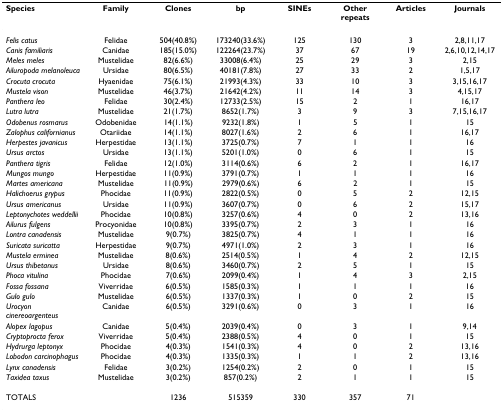
<table><thead><tr><td><b>Species</b></td><td><b>Family</b></td><td><b>Clones</b></td><td><b>bp</b></td><td><b>SINEs</b></td><td><b>Other repeats</b></td><td><b>Articles</b></td><td><b>Journals</b></td></tr></thead><tbody><tr><td><i>Felis catus</i></td><td>Felidae</td><td>504(40.8%)</td><td>173240(33.6%)</td><td>125</td><td>130</td><td>3</td><td>2,8,11,17</td></tr><tr><td><i>Canis familiaris</i></td><td>Canidae</td><td>185(15.0%)</td><td>122264(23.7%)</td><td>37</td><td>67</td><td>19</td><td>2,6,10,12,14,17</td></tr><tr><td><i>Meles meles</i></td><td>Mustelidae</td><td>82(6.6%)</td><td>33008(6.4%)</td><td>25</td><td>29</td><td>3</td><td>2,15</td></tr><tr><td><i>Ailuropoda melanoleuca</i></td><td>Ursidae</td><td>80(6.5%)</td><td>40181(7.8%)</td><td>27</td><td>33</td><td>2</td><td>1,5,17</td></tr><tr><td><i>Crocuta crocuta</i></td><td>Hyaenidae</td><td>75(6.1%)</td><td>21993(4.3%)</td><td>33</td><td>10</td><td>3</td><td>3,15,16,17</td></tr><tr><td><i>Mustela vison</i></td><td>Mustelidae</td><td>46(3.7%)</td><td>21642(4.2%)</td><td>11</td><td>14</td><td>3</td><td>4,15,17</td></tr><tr><td><i>Panthera leo</i></td><td>Felidae</td><td>30(2.4%)</td><td>12733(2.5%)</td><td>15</td><td>2</td><td>1</td><td>16,17</td></tr><tr><td><i>Lutra lutra</i></td><td>Mustelidae</td><td>21(1.7%)</td><td>8652(1.7%)</td><td>3</td><td>9</td><td>3</td><td>7,15,16,17</td></tr><tr><td><i>Odobenus rosmarus</i></td><td>Odobenidae</td><td>14(1.1%)</td><td>9232(1.8%)</td><td>1</td><td>5</td><td>1</td><td>15</td></tr><tr><td><i>Zalophus californianus</i></td><td>Otariidae</td><td>14(1.1%)</td><td>8027(1.6%)</td><td>2</td><td>6</td><td>1</td><td>16,17</td></tr><tr><td><i>Herpestes javanicus</i></td><td>Herpestidae</td><td>13(1.1%)</td><td>3725(0.7%)</td><td>7</td><td>1</td><td>1</td><td>16</td></tr><tr><td><i>Ursus arctos</i></td><td>Ursidae</td><td>13(1.1%)</td><td>5201(1.0%)</td><td>0</td><td>6</td><td>1</td><td>15</td></tr><tr><td><i>Panthera tigris</i></td><td>Felidae</td><td>12(1.0%)</td><td>3114(0.6%)</td><td>6</td><td>2</td><td>1</td><td>16,17</td></tr><tr><td><i>Mungos mungo</i></td><td>Herpestidae</td><td>11(0.9%)</td><td>3791(0.7%)</td><td>1</td><td>1</td><td>1</td><td>16</td></tr><tr><td><i>Martes americana</i></td><td>Mustelidae</td><td>11(0.9%)</td><td>2979(0.6%)</td><td>6</td><td>2</td><td>1</td><td>15</td></tr><tr><td><i>Halichoerus grypus</i></td><td>Phocidae</td><td>11(0.9%)</td><td>2822(0.5%)</td><td>0</td><td>5</td><td>2</td><td>12,15</td></tr><tr><td><i>Ursus americanus</i></td><td>Ursidae</td><td>11(0.9%)</td><td>3607(0.7%)</td><td>0</td><td>6</td><td>2</td><td>15,17</td></tr><tr><td><i>Leptonychotes weddellii</i></td><td>Phocidae</td><td>10(0.8%)</td><td>3257(0.6%)</td><td>4</td><td>0</td><td>2</td><td>13,16</td></tr><tr><td><i>Ailurus fulgens</i></td><td>Procyonidae</td><td>10(0.8%)</td><td>3395(0.7%)</td><td>2</td><td>3</td><td>1</td><td>16</td></tr><tr><td><i>Lontra canadensis</i></td><td>Mustelidae</td><td>9(0.7%)</td><td>3825(0.7%)</td><td>4</td><td>1</td><td>1</td><td>16</td></tr><tr><td><i>Suricata suricatta</i></td><td>Herpestidae</td><td>9(0.7%)</td><td>4971(1.0%)</td><td>2</td><td>3</td><td>1</td><td>16</td></tr><tr><td><i>Mustela erminea</i></td><td>Mustelidae</td><td>8(0.6%)</td><td>2514(0.5%)</td><td>1</td><td>4</td><td>2</td><td>12,15</td></tr><tr><td><i>Ursus thibetanus</i></td><td>Ursidae</td><td>8(0.6%)</td><td>3460(0.7%)</td><td>2</td><td>5</td><td>1</td><td>15</td></tr><tr><td><i>Phoca vitulina</i></td><td>Phocidae</td><td>7(0.6%)</td><td>2099(0.4%)</td><td>1</td><td>4</td><td>3</td><td>2,15</td></tr><tr><td><i>Fossa fossana</i></td><td>Viverridae</td><td>6(0.5%)</td><td>1585(0.3%)</td><td>1</td><td>1</td><td>1</td><td>16</td></tr><tr><td><i>Gulo gulo</i></td><td>Mustelidae</td><td>6(0.5%)</td><td>1337(0.3%)</td><td>1</td><td>0</td><td>2</td><td>15</td></tr><tr><td><i>Urocyon cinereoargenteus</i></td><td>Canidae</td><td>6(0.5%)</td><td>3291(0.6%)</td><td>0</td><td>3</td><td>1</td><td>16</td></tr><tr><td><i>Alopex lagopus</i></td><td>Canidae</td><td>5(0.4%)</td><td>2039(0.4%)</td><td>0</td><td>3</td><td>1</td><td>9,14</td></tr><tr><td><i>Cryptoprocta ferox</i></td><td>Viverridae</td><td>5(0.4%)</td><td>2388(0.5%)</td><td>4</td><td>0</td><td>1</td><td>15</td></tr><tr><td><i>Hydrurga leptonyx</i></td><td>Phocidae</td><td>4(0.3%)</td><td>1541(0.3%)</td><td>4</td><td>0</td><td>2</td><td>13,16</td></tr><tr><td><i>Lobodon carcinophagus</i></td><td>Phocidae</td><td>4(0.3%)</td><td>1335(0.3%)</td><td>1</td><td>1</td><td>2</td><td>13,16</td></tr><tr><td><i>Lynx canadensis</i></td><td>Felidae</td><td>3(0.2%)</td><td>1254(0.2%)</td><td>2</td><td>0</td><td>1</td><td>15</td></tr><tr><td><i>Taxidea taxus</i></td><td>Mustelidae</td><td>3(0.2%)</td><td>857(0.2%)</td><td>2</td><td>1</td><td>1</td><td>15</td></tr><tr><td>TOTALS</td><td></td><td>1236</td><td>515359</td><td>330</td><td>357</td><td>71</td><td></td></tr></tbody></table>